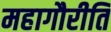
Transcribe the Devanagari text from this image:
महागौरीति